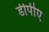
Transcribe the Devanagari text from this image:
डीपीए